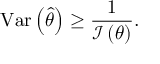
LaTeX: \operatorname { V a r } \left( { \hat { \theta } } \right) \geq { \frac { 1 } { { \mathcal { I } } \left( \theta \right) } } .